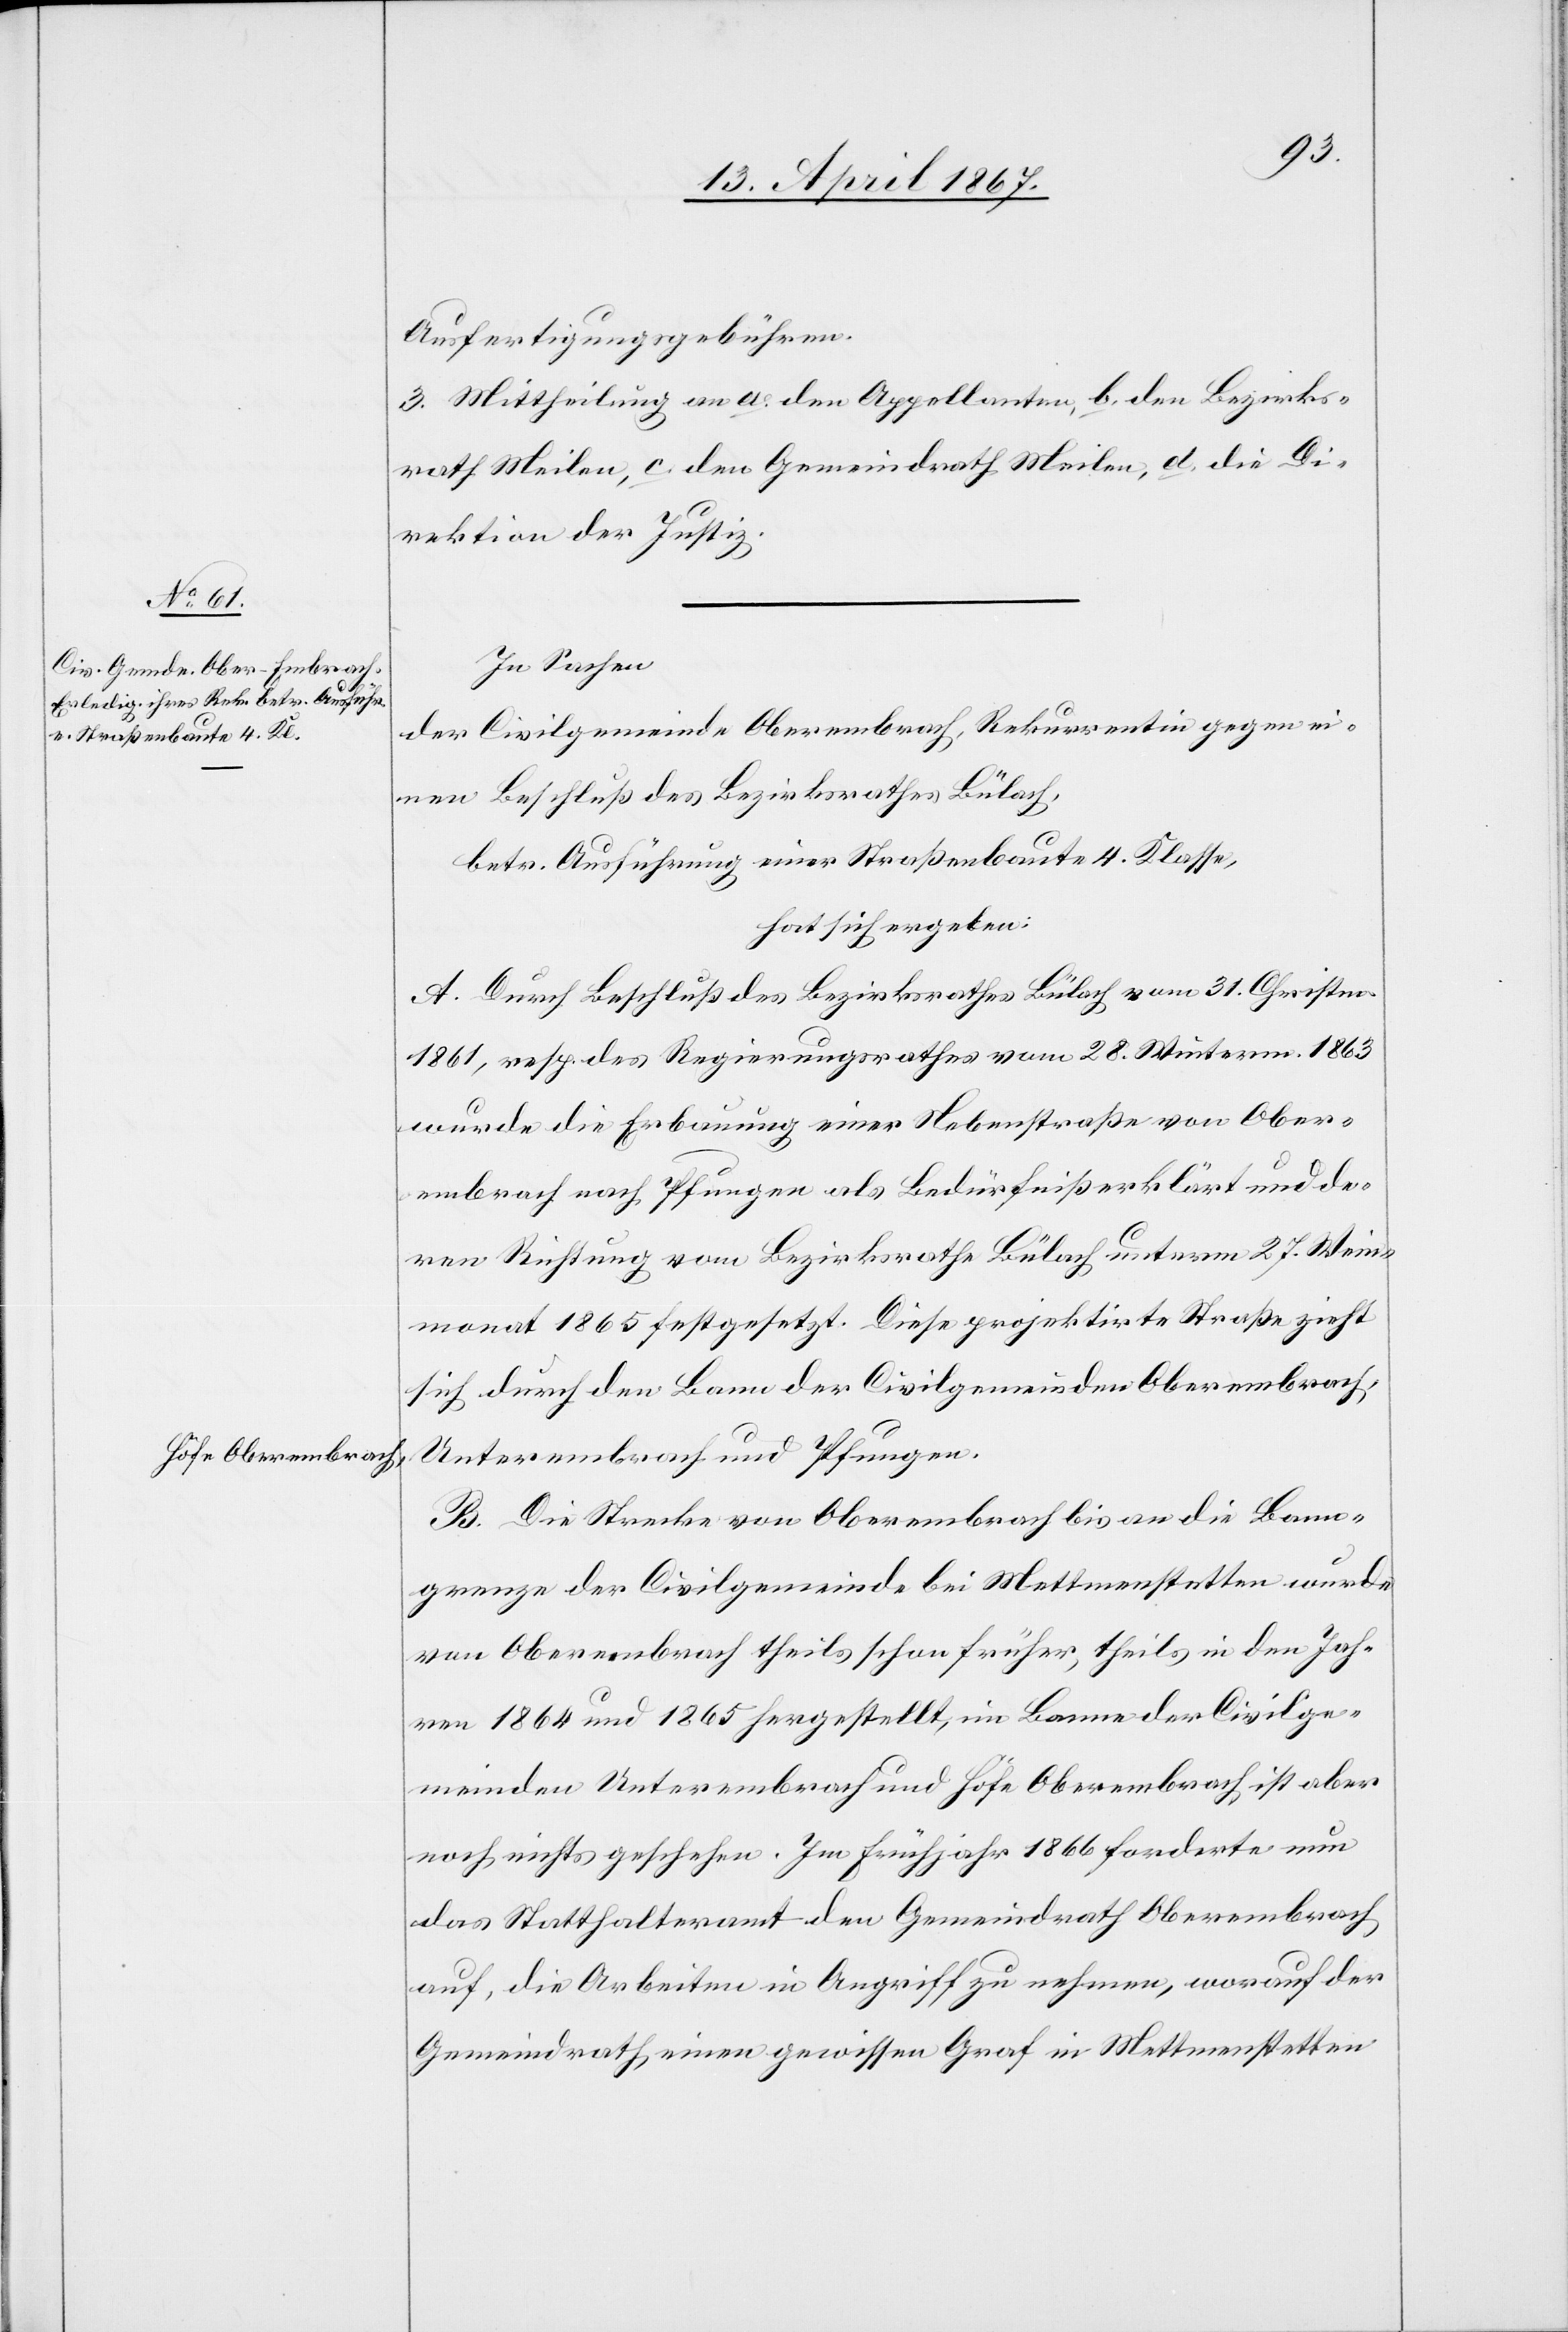
Höfe Oberembrach,

Ausfertigungsgebühren.
3. Mittheilung an a. den Appellanten, b. den Bezirks¬
rath Meilen, c. den Gemeindrath Meilen, d. die Di¬
rektion der Justiz.
In Sachen
der Civilgemeinde Oberembrach, Rekurrentin gegen ei¬
nen Beschluß des Bezirksrathes Bülach,
betr. Ausführung einer Straßenbaute 4. Klasse,
hat sich ergeben:
A. Durch Beschluß des Bezirksrathes Bülach vom 31. Christm.
1861, resp. des Regierungsrathes vom 28. Winterm. 1863
wurde die Erbauung einer Nebenstraße von Ober¬
embrach nach Pfungen als Bedürfniß erklärt und de¬
ren Richtung vom Bezirksrathe Bülach unterm 27. Wein¬
monat 1865 festgesetzt. Diese projektirte Straße zieht
sich durch den Bann der Civilgemeinde Oberembrach,
Unterembrach und Pfungen.
B. Die Strecke von Oberembrach bis an die Bann¬
grenze der Civilgemeinde bei Mettmenstetten wurde
von Oberembrach theils schon früher, theils in den Jah¬
ren 1864 und 1865 hergestellt, im Banne der Civilge¬
meinde Unterembrach und Höfe Oberembrach ist aber
noch nichts geschehen. Im Frühjahr 1866 forderte nun
das Statthalteramt den Gemeindrath Oberembrach
auf, die Arbeiten in Angriff zu nehmen, worauf der
Gemeindrath einen gewissen Graf in Mettmenstetten